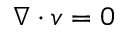
\nabla \cdot v = 0